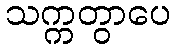
သက္ကတွာပေ